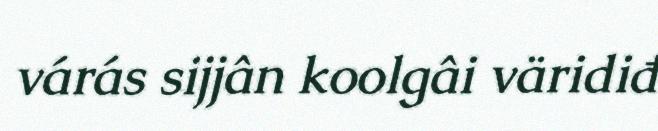
várás sijjân koolgâi väridiđ